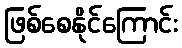
ဖြစ်စေနိုင်ကြောင်း